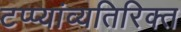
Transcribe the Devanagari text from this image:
टप्प्यांव्यतिरिक्त